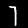
Digit: 7